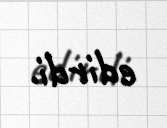
edirdi.